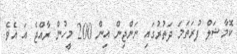
ކޮމާޝަލް ފުރަތަމަ ދަތުރުގައި ނަންޖިން އިން 200 މީހުން ރާއްޖެ އަ އެވެ.